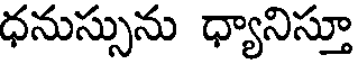
ధనుస్సును ధ్యానిస్తూ